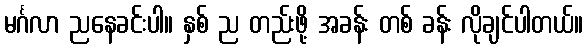
မင်္ဂလာ ညနေခင်းပါ။ နှစ် ည တည်းဖို့ အခန်း တစ် ခန်း လိုချင်ပါတယ်။